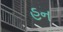
હન